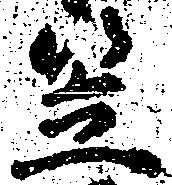
笠